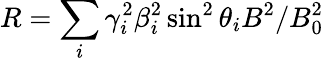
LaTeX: R=\sum_{i}\gamma_{i}^{2}\beta_{i}^{2}\sin^{2}\theta_{i}B^{2}/B_{0}^{2}